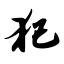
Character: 犯